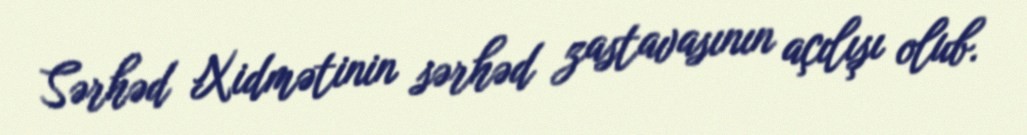
Sərhəd Xidmətinin sərhəd zastavasının açılışı olub.